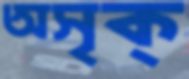
অসৃক্